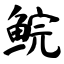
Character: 鲩